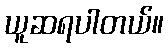
ယူဆရပါတယ်။